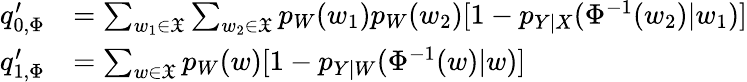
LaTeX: \begin{array}{rl}{q_{0,\Phi}^{\prime}}&{=\sum_{w_{1}\in\mathfrak{X}}\sum_{w_{2}\in\mathfrak{X}}p_{W}(w_{1})p_{W}(w_{2})[1-p_{Y|X}(\Phi^{-1}(w_{2})|w_{1})]}\\ {q_{1,\Phi}^{\prime}}&{=\sum_{w\in\mathfrak{X}}p_{W}(w)[1-p_{Y|W}(\Phi^{-1}(w)|w)]}\end{array}